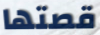
قصتها